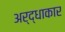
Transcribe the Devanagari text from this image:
अर्द्धाकार